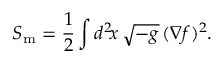
S _ { \mathrm { m } } = \frac { 1 } { 2 } \int d ^ { 2 } \! x \, \sqrt { - g } \, ( \nabla f ) ^ { 2 } .